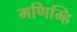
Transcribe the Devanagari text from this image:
मणिम्हि